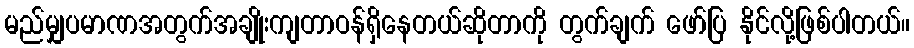
မည်မျှပမာဏအတွက်အချိုးကျတာဝန်ရှိနေတယ်ဆိုတာကို တွက်ချက် ဖော်ပြ နိုင်လို့ဖြစ်ပါတယ်။